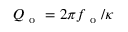
Q _ { \mathrm { ~ o ~ } } = 2 \pi f _ { \mathrm { ~ o ~ } } / \kappa